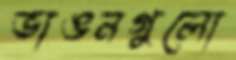
ভাঙনগুলো